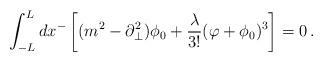
LaTeX: \begin{align*}\int^{L}_{-L}d x^- \left[(m^2- \partial_{\bot}^2)\phi_0 + \frac{\lambda}{3!}(\varphi+\phi_0)^3\right] = 0\,.\end{align*}